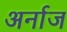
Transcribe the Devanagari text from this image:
अर्नाज